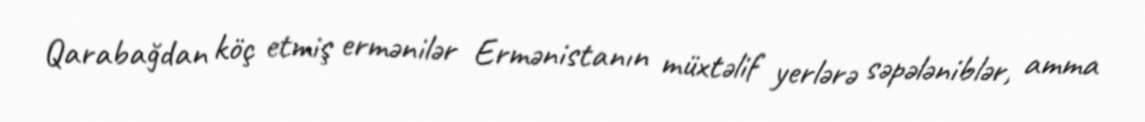
Qarabağdan köç etmiş ermənilər Ermənistanın müxtəlif yerlərə səpələniblər, amma